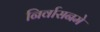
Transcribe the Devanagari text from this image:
निर्वासनमे